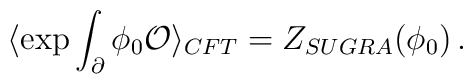
\langle \exp \int _{\partial} \phi_0 {\cal O} \rangle_{CFT} = Z_{SUGRA} (\phi_0) \, .